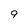
Character: 9